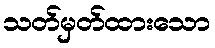
သတ်မှတ်ထားသော